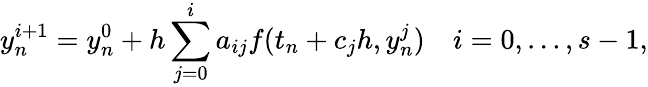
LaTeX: y_{n}^{i+1}=y_{n}^{0}+h\sum_{j=0}^{i}a_{ij}f(t_{n}+c_{j}h,y_{n}^{j})\quad i=0,\dots,s-1,